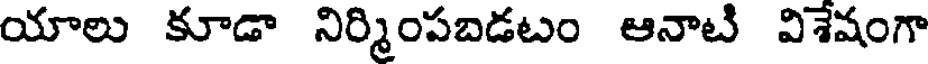
యాలు కూడా నిర్మింపబడటం ఆనాటి విశేషంగా